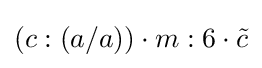
(c:(a/a))\cdot m:6\cdot {\tilde {c}}